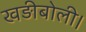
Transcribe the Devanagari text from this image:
खड़ीबोली।